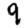
Digit: 9